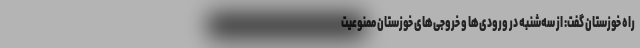
راه خوزستان گفت: از سه‌شنبه در ورودی‌ها و خروجی‌های خوزستان ممنوعیت